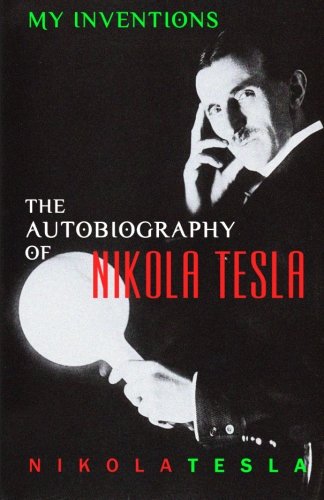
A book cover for My Inventions: The Autobiography of Nikola Tesla; Nikola Tesla; Engineering & Transportation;